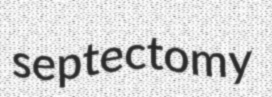
septectomy